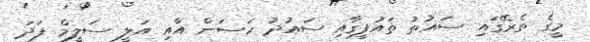
މީގެ ތެރޭގައި ސައުތު ތައުފީގާއި ސައުދު ހަސަން އާއި އަލީ ސަލީމް ފަދަ